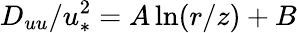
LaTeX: D_{uu}/u_{*}^{2}=A\ln(r/z)+B